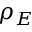
\rho _ { E }